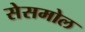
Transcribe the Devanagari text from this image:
सेसमोल